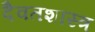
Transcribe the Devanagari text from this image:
दैवतशास्त्र